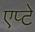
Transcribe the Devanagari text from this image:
एप्टे